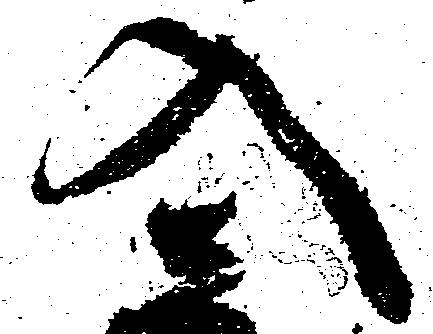
入